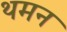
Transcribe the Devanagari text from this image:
थमन